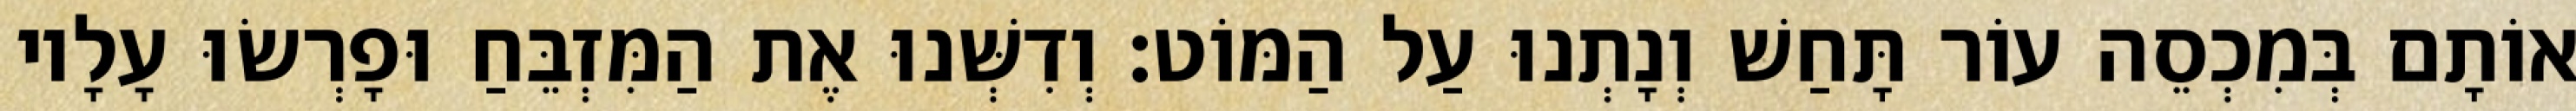
אוֹתָם בְּמִכְסֵה עוֹר תָּחַשׁ וְנָתְנוּ עַל הַמּוֹט׃ וְדִשְּׁנוּ אֶת הַמִּזְבֵּחַ וּפָרְשׂוּ עָלָיו